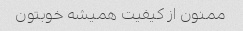
ممنون از کیفیت همیشه خوبتون